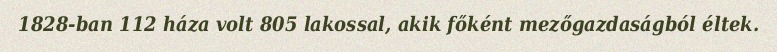
1828-ban 112 háza volt 805 lakossal, akik főként mezőgazdaságból éltek.